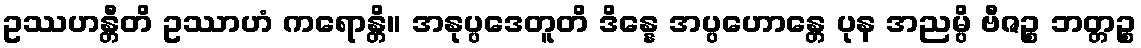
ဥဿဟန္တီတိ ဥဿာဟံ ကရောန္တိ။ အနုပ္ပဒေတူတိ ဒိန္နေ အပ္ပဟောန္တေ ပုန အညမ္ပိ ဗီဇဉ္စ ဘတ္တဉ္စ